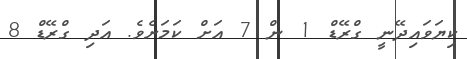
ކިޔަވައިދޭނީ ގްރޭޑް 1 ން 7 އަށް ކަމަށެވެ. އަދި ގްރޭޑް 8